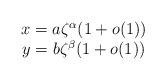
LaTeX: \begin{align*}\begin{array}{c}x=a\zeta^{\alpha}(1+o(1))\\y=b\zeta^{\beta}(1+o(1))\end{array}\end{align*}